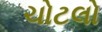
ચોટલો